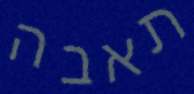
תאבה